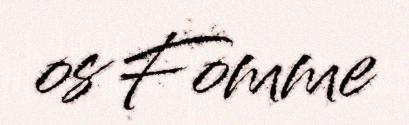
os Fomme